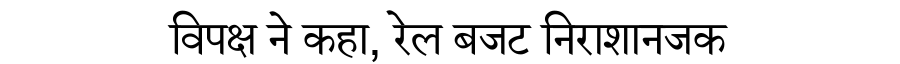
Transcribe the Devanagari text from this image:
विपक्ष ने कहा, रेल बजट निराशानजक